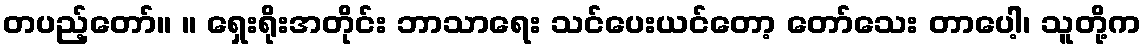
တပည့်တော်။ ။ ရှေးရိုးအတိုင်း ဘာသာရေး သင်ပေးယင်တော့ တော်သေး တာပေါ့၊ သူတို့က